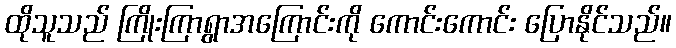
ထိုသူသည် ကြိုးကြာရွာအကြောင်းကို ကောင်းကောင်း ပြောနိုင်သည်။